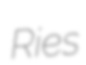
Ries